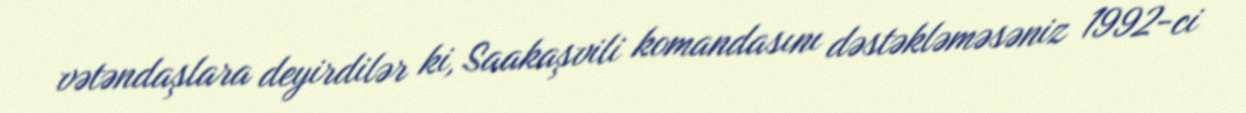
vətəndaşlara deyirdilər ki, Saakaşvili komandasını dəstəkləməsəniz 1992-ci